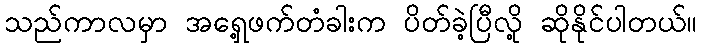
သည်ကာလမှာ အရှေ့ဖက်တံခါးက ပိတ်ခဲ့ပြီလို့ ဆိုနိုင်ပါတယ်။